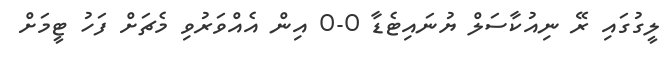
ލީގުގައި ރޭ ނިއުކާސަލް ޔުނައިޓެޑާ 0-0 އިން އެއްވަރުވި މެޗަށް ފަހު ޓީމަށް